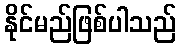
နိုင်မည်ဖြစ်ပါသည်